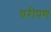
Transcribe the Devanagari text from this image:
घरीपण